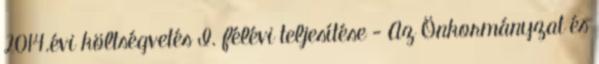
2014.évi költségvetés I. félévi teljesítése - Az Önkormányzat és